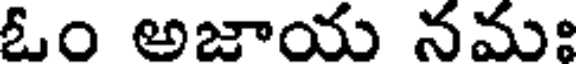
ఓం అజాయ నమః